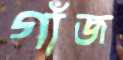
গাঁজ